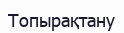
Топырақтану